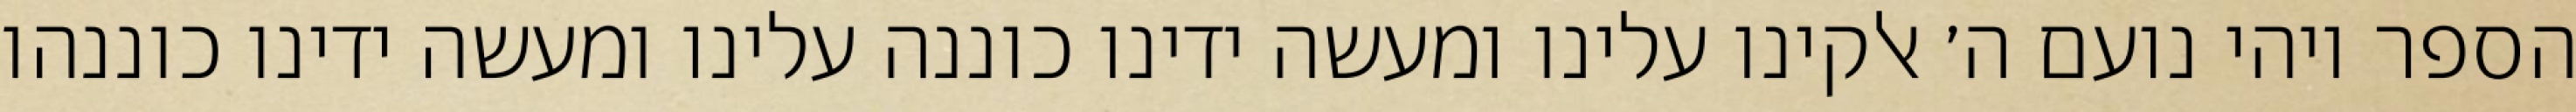
הספר ויהי נועם ה׳ אלקינו עלינו ומעשה ידינו כוננה עלינו ומעשה ידינו כוננהו